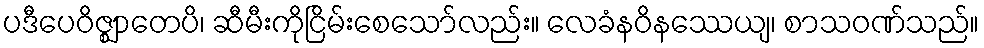
ပဒီပေဝိဇ္ဈာတေပိ၊ ဆီမီးကိုငြိမ်းစေသော်လည်း။ လေခံနဝိနဿေယျ၊ စာသဝဏ်သည်။